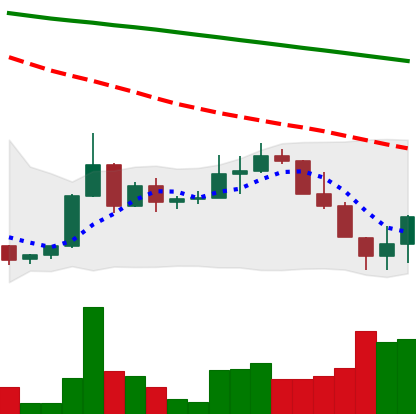
Ticker: ADA-USD
Chart end date: 2022-06-15
Forward return: -7.695%
Label: down_7plus